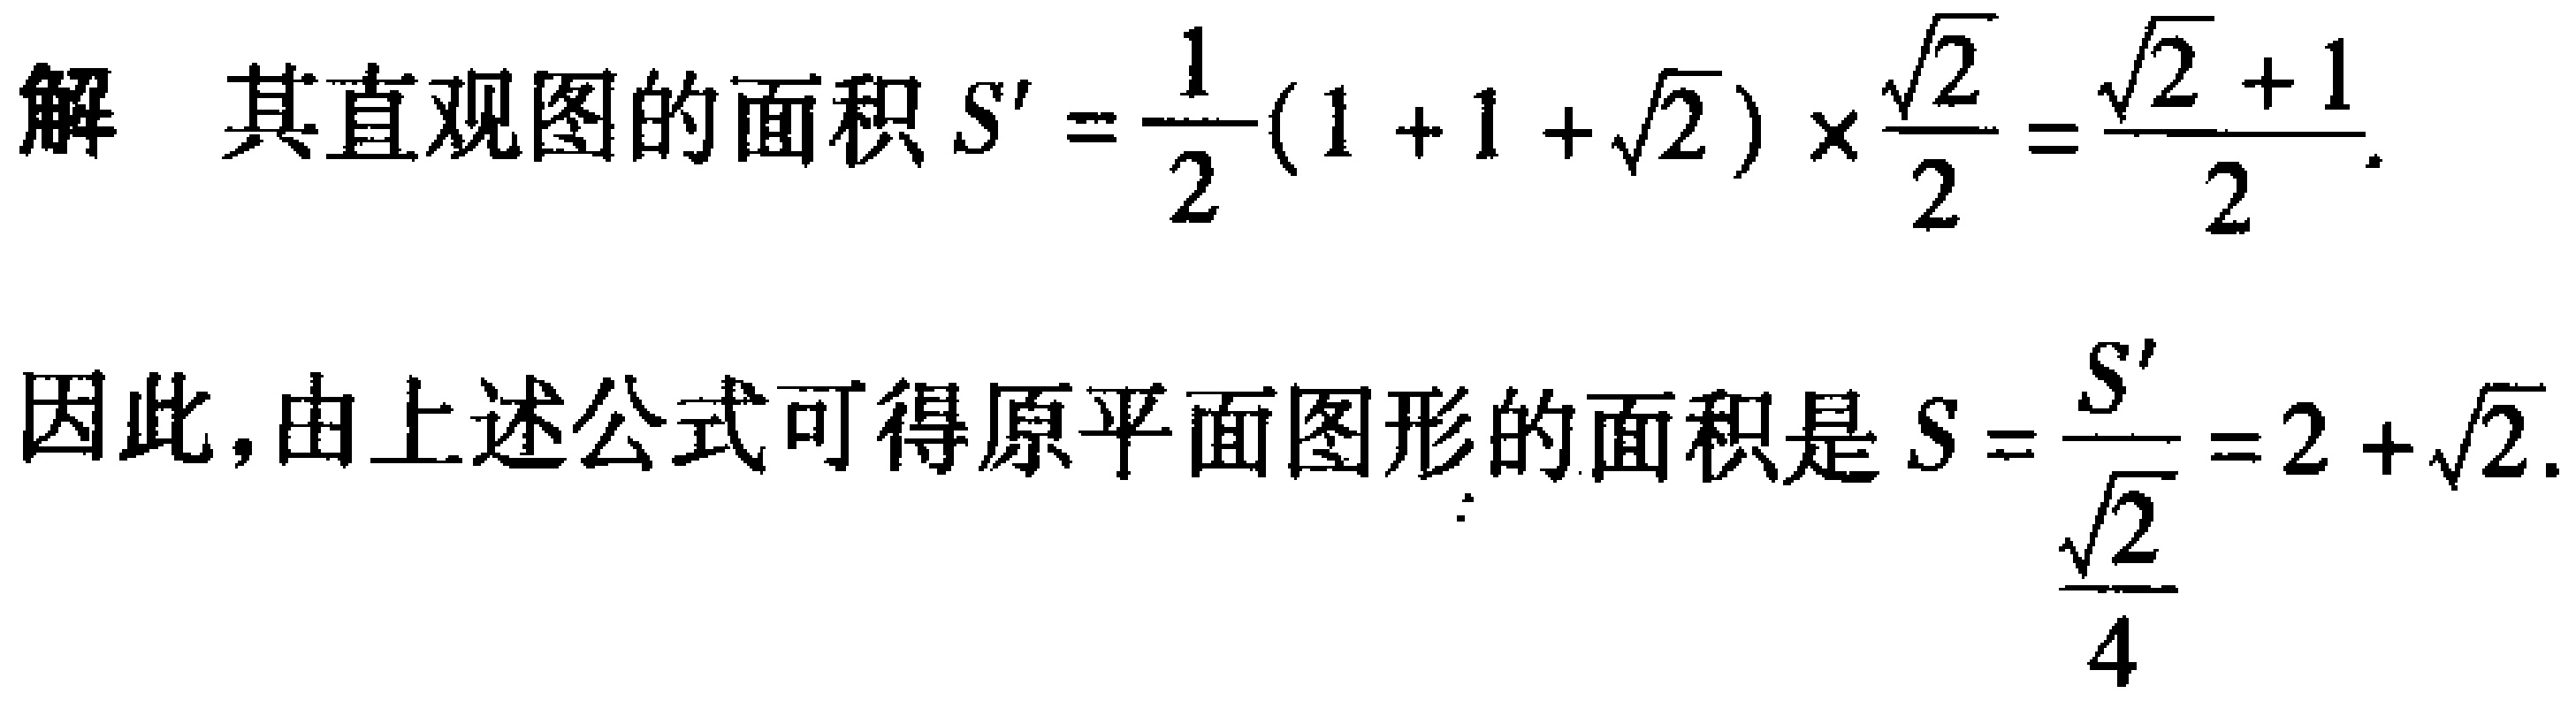
解 其直观图的面积 \(S' = \frac{1}{2}(1 + 1+\sqrt{2})\times\frac{\sqrt{2}}{2}=\frac{\sqrt{2}+1}{2}\).
因此，由上述公式可得原平面图形的面积是 \(S = \frac{S'}{\frac{\sqrt{2}}{4}}=2+\sqrt{2}\).